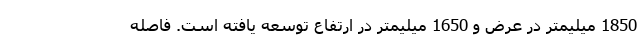
1850 میلیمتر در عرض و 1650 میلیمتر در ارتفاع توسعه یافته است. فاصله